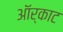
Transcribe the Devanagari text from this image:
ऑर्काट